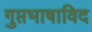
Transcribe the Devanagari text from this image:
गुप्तभाषाविद